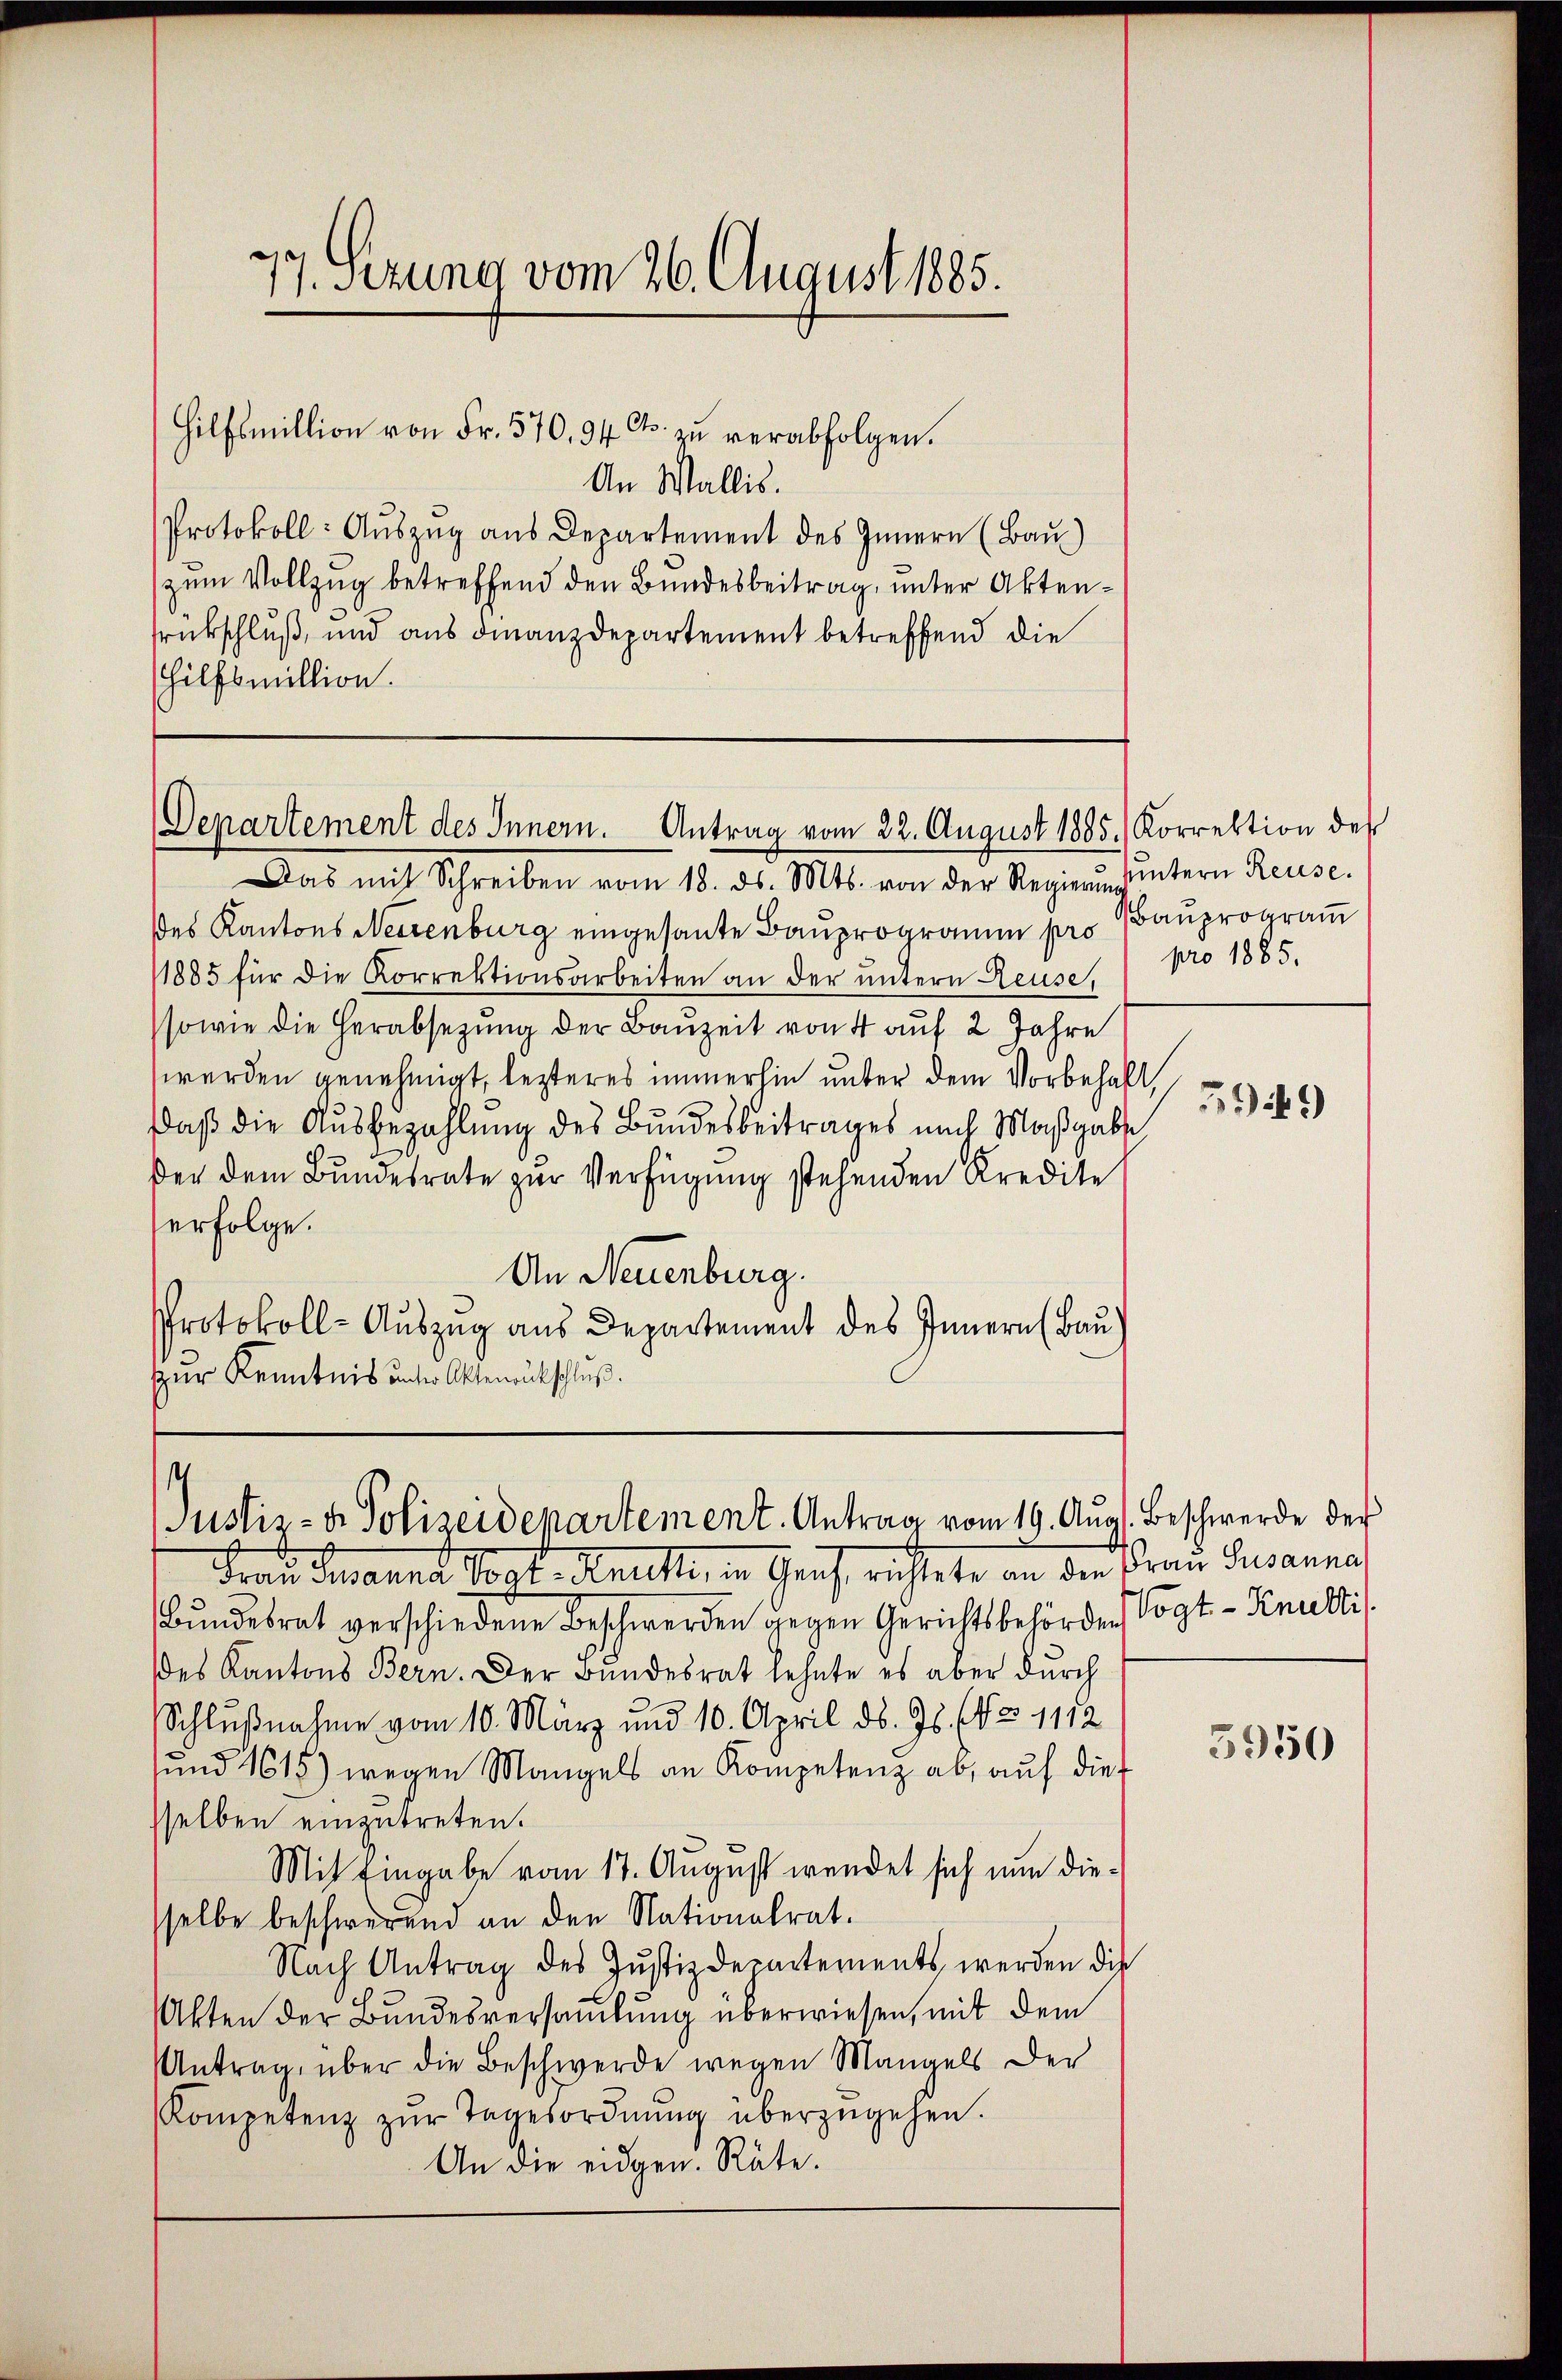
Hilfsmillion von Fr. 570. 94 Cts. zu verabfolgen.
An Wallis.
Protokoll: Auszug aus Departement des Innern (Bau)
zum Vollzug betreffend den Bundesbeitrag, unter Aktensrükschluß, und aus Finanzdepartement betreffend die
hilfsmillion.

17. Sezung vom 26. August 1885.

Departement des Innern. Antrag vom 22. August 1885.) Korrektion des
Das mit Schreiben vom 18. ds. Mts. von der Regierung

des Kantons Neuenburg eingesante Bauprogramm pro Bauprogram
11885 für die Korrektionsarbeiten an der untern Reuse,
sowie die Herabsezung der Bauzeit von 4 auf 2 Jahre
werden genehmigt, lezteres immerhin unter dem Vorbehalt,
Daß die Ausbezahlung des Bundesbeitrages nach Maßgabe
ßer dem Bundesrate zŭr Verfügung stehenden Kredite
erfolge.
An Neuenburg.
Protokoll- Auszug aus Departement des Innern (Bau
zur Kenntnis unter Aktenrückschluß.

.
Justiz- & Polizeidepartement. Antrag vom 19. Aug. Beschwerde der

Frau Susanna Vogt, Knuth, in Genf, richtete an den Frau Susanna
Bŭndesrat verschiedene Beschwerden gegen Gerichtsbehörden Vogt- Knutti
des Kantons Bern. Der Bundesrat lehnte es aber durch
Schlußnahme vom 10. März und 10. April d. Js. (NZ 1112
sund 1615) wegen Mangels an Kompetenz ab, auf dies
sselben einzutreten.
Mit Eingabe vom 17. August wendet sich nun diesselbe beschwerend an den Nationalrat.
Nach Antrag des Justizdepartements werden die
Akten der Bundesversammlung überwiesen, mit dem
Antrag über die Beschwerde wegen Mangels der
Kompetenz zŭr Tagesordnŭng überzugehen.
An die eidgen. Räte.

untern Reuse.
pro 1885.
519)

5950